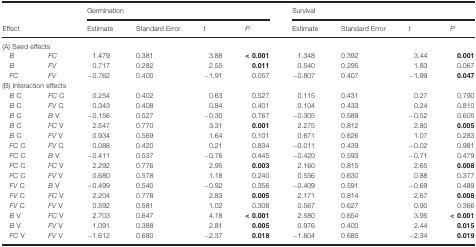
<table><thead><tr><td rowspan="2" colspan="2"><b>Effect</b></td><td colspan="4"><b>Germination</b></td><td colspan="4"><b>Survival</b></td></tr><tr><td><b>Estimate</b></td><td><b>Standard Error</b></td><td><b><i>t</i></b></td><td><b><i>P</i></b></td><td><b>Estimate</b></td><td><b>Standard Error</b></td><td><b><i>t</i></b></td><td><b><i>P</i></b></td></tr></thead><tbody><tr><td colspan="10">(A) Seed effects</td></tr><tr><td><i>B</i></td><td><i>FC</i></td><td>1.479</td><td>0.381</td><td>3.88</td><td><b>&lt; 0.001</b></td><td>1.348</td><td>0.392</td><td>3.44</td><td><b>0.001</b></td></tr><tr><td><i>B</i></td><td><i>FV</i></td><td>0.717</td><td>0.282</td><td>2.55</td><td><b>0.011</b></td><td>0.540</td><td>0.295</td><td>1.83</td><td>0.067</td></tr><tr><td><i>FC</i></td><td><i>FV</i></td><td>−0.762</td><td>0.400</td><td>−1.91</td><td>0.057</td><td>−0.807</td><td>0.407</td><td>−1.99</td><td><b>0.047</b></td></tr><tr><td colspan="10">(B) Interaction effects</td></tr><tr><td><i>B</i> C</td><td><i>FC</i> C</td><td>0.254</td><td>0.402</td><td>0.63</td><td>0.527</td><td>0.115</td><td>0.431</td><td>0.27</td><td>0.790</td></tr><tr><td><i>B</i> C</td><td><i>FV</i> C</td><td>0.343</td><td>0.408</td><td>0.84</td><td>0.401</td><td>0.104</td><td>0.433</td><td>0.24</td><td>0.810</td></tr><tr><td><i>B</i> C</td><td><i>B</i> V</td><td>−0.156</td><td>0.527</td><td>−0.30</td><td>0.767</td><td>−0.305</td><td>0.589</td><td>−0.52</td><td>0.605</td></tr><tr><td><i>B</i> C</td><td><i>FC</i> V</td><td>2.547</td><td>0.770</td><td>3.31</td><td><b>0.001</b></td><td>2.275</td><td>0.812</td><td>2.80</td><td><b>0.005</b></td></tr><tr><td><i>B</i> C</td><td><i>FV</i> V</td><td>0.934</td><td>0.569</td><td>1.64</td><td>0.101</td><td>0.671</td><td>0.626</td><td>1.07</td><td>0.283</td></tr><tr><td><i>FC</i> C</td><td><i>FV</i> C</td><td>0.088</td><td>0.420</td><td>0.21</td><td>0.834</td><td>−0.011</td><td>0.439</td><td>−0.02</td><td>0.981</td></tr><tr><td><i>FC</i> C</td><td><i>B</i> V</td><td>−0.411</td><td>0.537</td><td>−0.76</td><td>0.445</td><td>−0.420</td><td>0.593</td><td>−0.71</td><td>0.479</td></tr><tr><td><i>FC</i> C</td><td><i>FC</i> V</td><td>2.292</td><td>0.776</td><td>2.95</td><td><b>0.003</b></td><td>2.160</td><td>0.815</td><td>2.65</td><td><b>0.008</b></td></tr><tr><td><i>FC</i> C</td><td><i>FV</i> V</td><td>0.680</td><td>0.578</td><td>1.18</td><td>0.240</td><td>0.556</td><td>0.630</td><td>0.88</td><td>0.377</td></tr><tr><td><i>FV</i> C</td><td><i>B</i> V</td><td>−0.499</td><td>0.540</td><td>−0.92</td><td>0.356</td><td>−0.409</td><td>0.591</td><td>−0.69</td><td>0.489</td></tr><tr><td><i>FV</i> C</td><td><i>FC</i> V</td><td>2.204</td><td>0.778</td><td>2.83</td><td><b>0.005</b></td><td>2.171</td><td>0.814</td><td>2.67</td><td><b>0.008</b></td></tr><tr><td><i>FV</i> C</td><td><i>FV</i> V</td><td>0.592</td><td>0.581</td><td>1.02</td><td>0.308</td><td>0.567</td><td>0.627</td><td>0.90</td><td>0.366</td></tr><tr><td><i>B</i> V</td><td><i>FC</i> V</td><td>2.703</td><td>0.647</td><td>4.18</td><td><b>&lt; 0.001</b></td><td>2.580</td><td>0.654</td><td>3.95</td><td><b>&lt; 0.001</b></td></tr><tr><td><i>B</i> V</td><td><i>FV</i> V</td><td>1.091</td><td>0.388</td><td>2.81</td><td><b>0.005</b></td><td>0.976</td><td>0.400</td><td>2.44</td><td><b>0.015</b></td></tr><tr><td><i>FC</i> V</td><td><i>FV</i> V</td><td>−1.612</td><td>0.680</td><td>−2.37</td><td><b>0.018</b></td><td>−1.604</td><td>0.685</td><td>−2.34</td><td><b>0.019</b></td></tr></tbody></table>